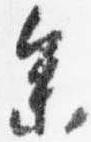
参